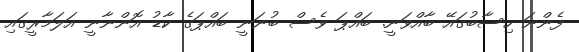
ފެންނަ ހިސާބުގައޭ ބާއްވަނީ. ބައްޕަ ވެސް ބުނަނީ ބައްޕަގެ ކާޑު އޮންނާނީ އަލަމާރީގައި